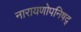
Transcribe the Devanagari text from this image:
नारायणोपनिषद्